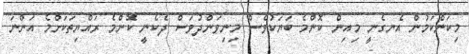
މިކަންކަމުން އެނގެނީ މިއިން ކޮންމެ ބަޔަކުވެސް މިނިވަންދުވަސް ދެކެނީ ކޮންމެ ރައްޔިތަކަށްމެ އަންނަ